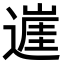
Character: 𨖭